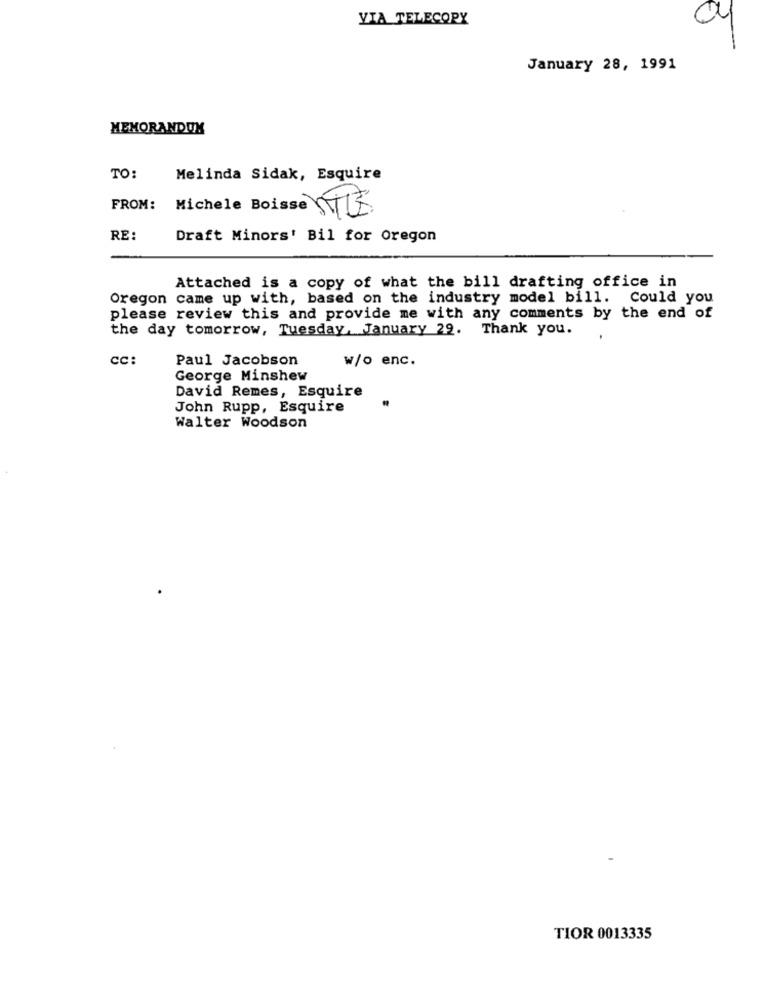
VIA TELECOPY
04
January 28, 1991
MEMORANDUM
TO:
Melinda Sidak, Esquire
FROM: Michele Boisse STE
RE:
Draft Minors' Bil for Oregon
Attached is a copy of what the bill drafting office in
Oregon came up with, based on the industry model bill. Could you
please review this and provide me with any comments by the end of
the day tomorrow, Tuesday, January 29. Thank you.
cc:
Paul Jacobson
w/o enc.
George Minshew
David Remes, Esquire
John Rupp, Esquire
.
Walter Woodson
TIOR 0013335